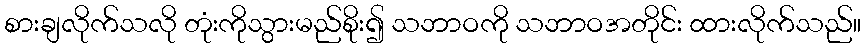
စားချလိုက်သလို တုံးကိုသွားမည်စိုး၍ သဘာဝကို သဘာဝအတိုင်း ထားလိုက်သည်။